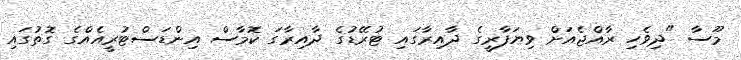
މޫސާ "ދިވެހި ރާއްޖެއަށް ވިޔަފާރީގެ ދާއިރާގައި ޓުރޭޑުގެ ދާއިރާގަ ކޮމާސް އިންޑަސްޓުރީއެއްގެ ގޮތުގައި